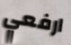
ارفعي